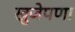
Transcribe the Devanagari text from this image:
खुजेपणा